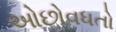
ઓછોવધતો